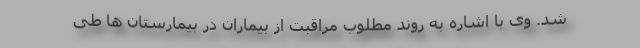
شد. وی با اشاره به روند مطلوب مراقبت از بیماران در بیمارستان ها طی